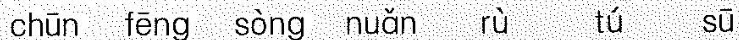
chūn fēn sòng nuǎn rù tú sū